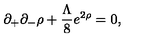
\partial _ { + } \partial _ { - } \rho + \frac { \Lambda } { 8 } e ^ { 2 \rho } = 0 ,